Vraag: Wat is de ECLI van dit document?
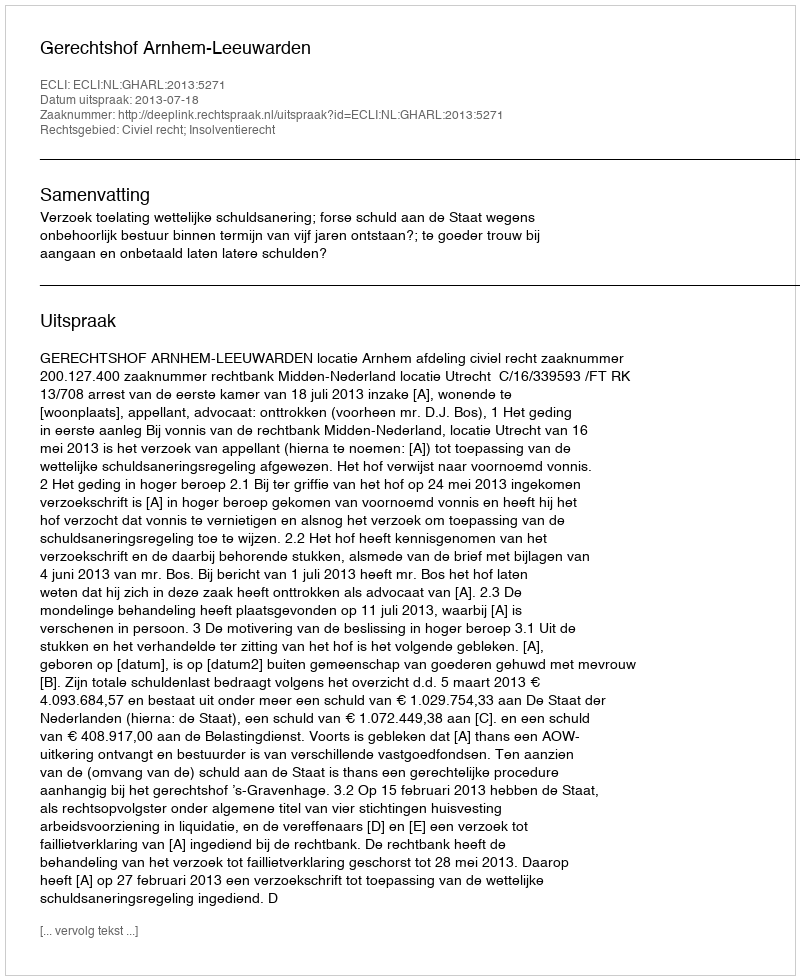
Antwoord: ECLI:NL:GHARL:2013:5271